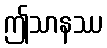
ဤသာနဿ